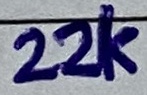
Text: 22K